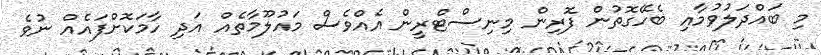
މި ބައްދަލުވުމާއި ބެހޭގޮތުން ފޮރިން މިނިސްޓްރީން އެއްވެސް މައުލޫމާތެއް އަދި ހާމަކޮށްފައެއް ނުވެ